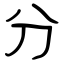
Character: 分